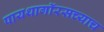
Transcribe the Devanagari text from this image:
पायथागॉरसच्याच